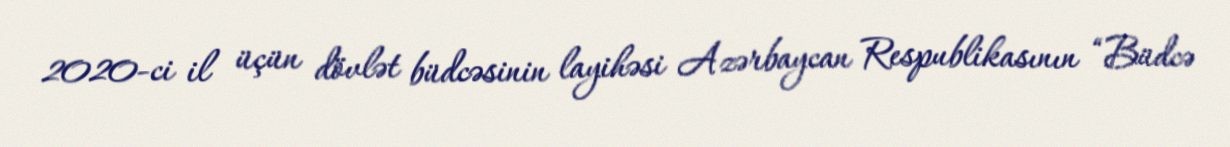
2020-ci il üçün dövlət büdcəsinin layihəsi Azərbaycan Respublikasının “Büdcə